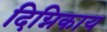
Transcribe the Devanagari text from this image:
दिग्निकाय